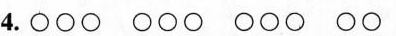
4.\circ \circ \circ \circ \circ \circ \circ \circ \circ \circ \circ